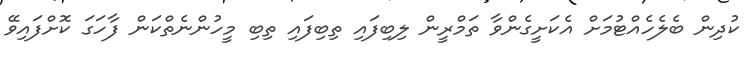
ކުދިން ބެލެހެއްޓުމަށް އެކަށީގެންވާ ތަމްރީން ލިބިފައި ތިބިފައި ތިބި މީހުންނެތްކަން ފާހަގަ ކޮށްފައިވޭ